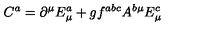
C ^ { a } = \partial ^ { \mu } E _ { \mu } ^ { a } + g f ^ { a b c } A ^ { b \mu } E _ { \mu } ^ { c }